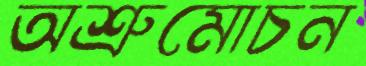
অশ্রুমোচন